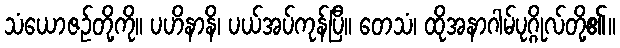
သံယောဇဉ်တို့ကို။ ပဟိနာနိ၊ ပယ်အပ်ကုန်ပြီ။ တေသံ၊ ထိုအနာဂါမ်ပုဂ္ဂိုလ်တို့၏။